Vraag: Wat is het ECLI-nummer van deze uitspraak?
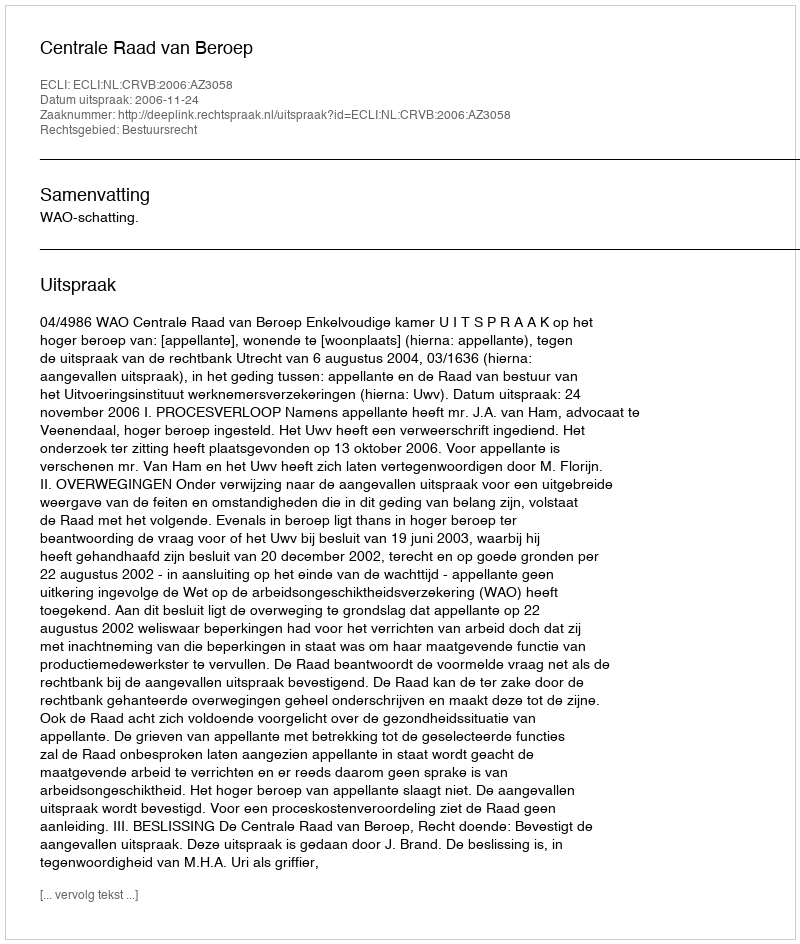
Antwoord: ECLI:NL:CRVB:2006:AZ3058